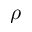
\rho